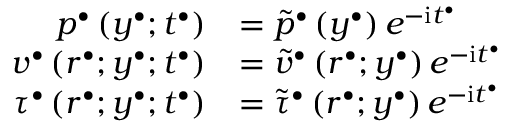
\begin{array} { r l } { p ^ { \bullet } \left( y ^ { \bullet } ; t ^ { \bullet } \right) } & { = \widetilde { p } ^ { \bullet } \left( y ^ { \bullet } \right) e ^ { - \mathrm { i } t ^ { \bullet } } } \\ { v ^ { \bullet } \left( r ^ { \bullet } ; y ^ { \bullet } ; t ^ { \bullet } \right) } & { = \widetilde { v } ^ { \bullet } \left( r ^ { \bullet } ; y ^ { \bullet } \right) e ^ { - \mathrm { i } t ^ { \bullet } } } \\ { \tau ^ { \bullet } \left( r ^ { \bullet } ; y ^ { \bullet } ; t ^ { \bullet } \right) } & { = \widetilde { \tau } ^ { \bullet } \left( r ^ { \bullet } ; y ^ { \bullet } \right) e ^ { - \mathrm { i } t ^ { \bullet } } } \end{array}